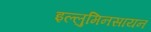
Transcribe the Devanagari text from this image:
इल्लुमिनसायन